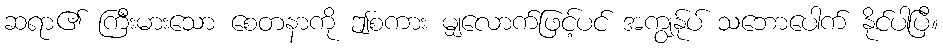
ဆရာ၏ ကြီးမားသော စေတနာကို ဤစကား မျှလောက်ဖြင့်ပင် အကျွန်ုပ် သဘောပေါက် နိုင်ပါပြီ။